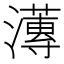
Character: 𭳚